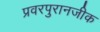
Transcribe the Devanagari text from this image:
प्रवरपुरानजीक